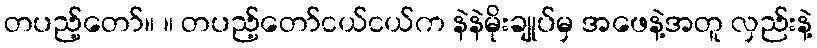
တပည့်တော်။ ။ တပည့်တော်ငယ်ငယ်က နဲနဲမိုးချုပ်မှ အဖေနဲ့အတူ လှည်းနဲ့